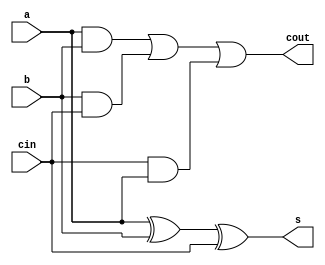
`timescale 1ns / 1ps


module FA(a,b,cin,s,cout);
	input a,b,cin;
	output s,cout;
	assign s = a^b^cin;
	assign cout = a&b | b&cin | cin&a;
endmodule